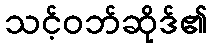
သင့်ဝဘ်ဆိုဒ်၏